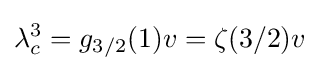
\lambda _{c}^{3}=g_{3/2}(1)v=\zeta (3/2)v